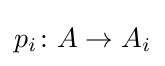
p_{i}\colon A\to A_{i}